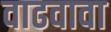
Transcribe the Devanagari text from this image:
वाढवावा